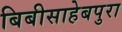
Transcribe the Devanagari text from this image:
बिबीसाहेबपुरा